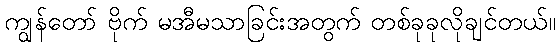
ကျွန်တော် ဗိုက် မအီမသာခြင်းအတွက် တစ်ခုခုလိုချင်တယ်။